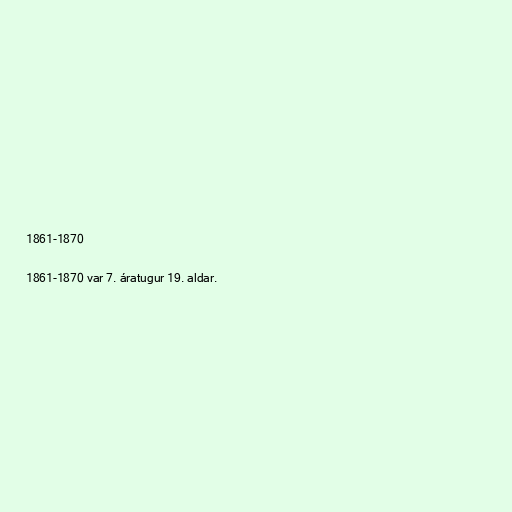
1861-1870

1861-1870 var 7. áratugur 19. aldar.